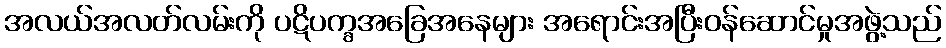
အလယ်အလတ်လမ်းကို ပဋိပက္ခအခြေအနေများ အရောင်းအပြီးဝန်ဆောင်မှုအဖွဲ့သည်